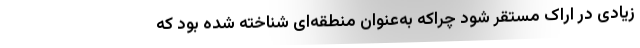
زیادی در اراک مستقر شود چراکه به‌عنوان منطقه‌ای شناخته شده بود که